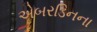
એબરડિનના